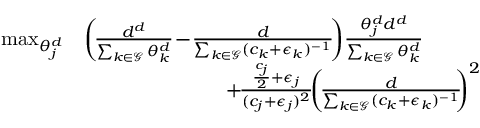
\begin{array} { r l } { \! \! \! \operatorname* { m a x } _ { \theta _ { j } ^ { d } } } & { \left( \! \frac { d ^ { d } } { \sum _ { k \in \mathcal { G } } \theta _ { k } ^ { d } } \! - \! \frac { d } { \sum _ { k \in \mathcal { G } } ( c _ { k } + \epsilon _ { k } ) ^ { - 1 } } \! \right) \! \frac { \theta _ { j } ^ { d } d ^ { d } } { \sum _ { k \in \mathcal { G } } \theta _ { k } ^ { d } } \! } \\ & { \quad \quad \quad \quad \quad \quad \quad + \! \frac { \frac { c _ { j } } { 2 } + \epsilon _ { j } } { ( c _ { j } + \epsilon _ { j } ) ^ { 2 } } \! \! \left( \! \frac { d } { \sum _ { k \in \mathcal { G } } ( c _ { k } + \epsilon _ { k } ) ^ { - 1 } } \! \! \right) ^ { 2 } } \end{array}